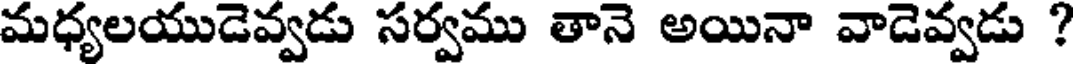
మధ్యలయుడెవ్వడు సర్వము తానె అయినా వాడెవ్వడు ?